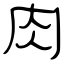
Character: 肉